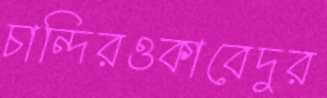
চান্দিরওকাবেদুর